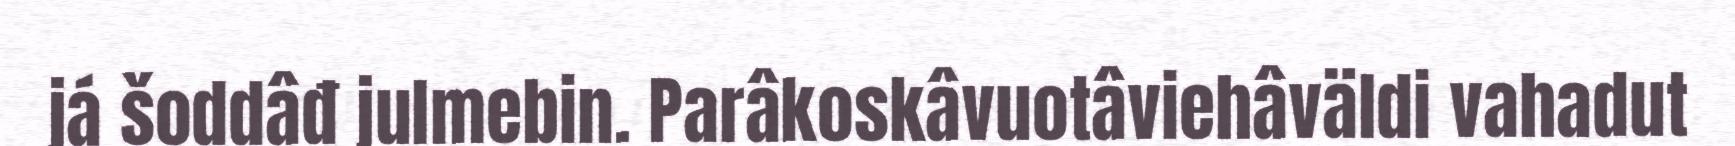
já šoddâđ julmebin. Parâkoskâvuotâviehâväldi vahadut